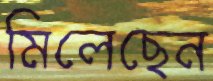
মিলেছেন